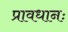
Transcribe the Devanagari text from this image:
प्रावधानः